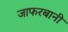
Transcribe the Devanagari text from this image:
जाफरबानी